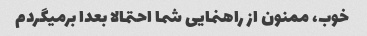
خوب، ممنون از راهنمایی شما احتمالا بعدا برمیگردم